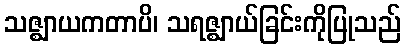
သဇ္ဈာယကတာပိ၊ သရဇ္ဈာယ်ခြင်းကိုပြုသည်